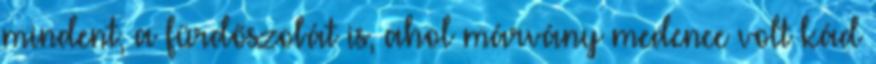
mindent, a fürdőszobát is, ahol márvány medence volt kád